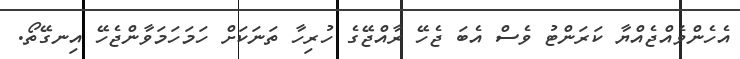
އެހެންވެއްޖެއްޔާ ކަރަންޓު ވެސް އެބަ ޖެހޭ ރާއްޖޭގެ ހުރިހާ ތަނަކަށް ހަމަހަމަވާންޖެހޭ އިނގޭތޯ.